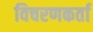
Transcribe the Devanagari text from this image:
विचरणकर्ता